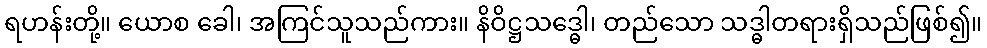
ရဟန်းတို့။ ယောစ ခေါ၊ အကြင်သူသည်ကား။ နိဝိဋ္ဌသဒ္ဓေါ၊ တည်သော သဒ္ဓါတရားရှိသည်ဖြစ်၍။